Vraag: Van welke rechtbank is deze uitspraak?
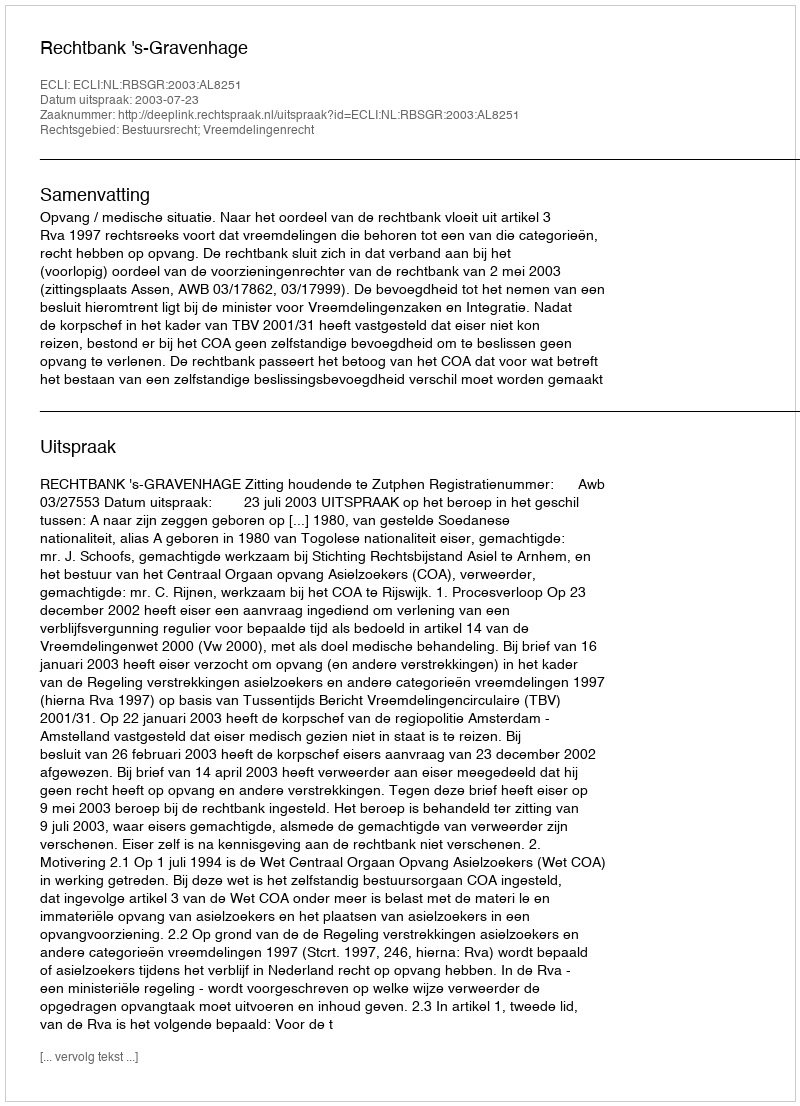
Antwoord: Rechtbank 's-Gravenhage